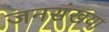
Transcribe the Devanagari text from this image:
जनसंखया